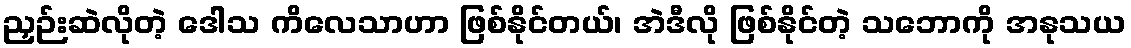
ညှဉ်းဆဲလိုတဲ့ ဒေါသ ကိလေသာဟာ ဖြစ်နိုင်တယ်၊ အဲဒီလို ဖြစ်နိုင်တဲ့ သဘောကို အနုသယ